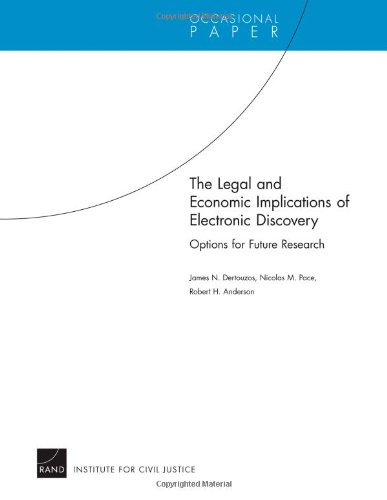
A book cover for The Legal and Economic Implications of Electronic Discovery: Options for Future Research; James N. Dertouzos; Law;